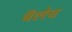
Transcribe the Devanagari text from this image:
बॅलेच